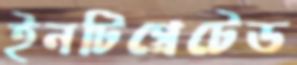
ইনটিগ্রেটেড